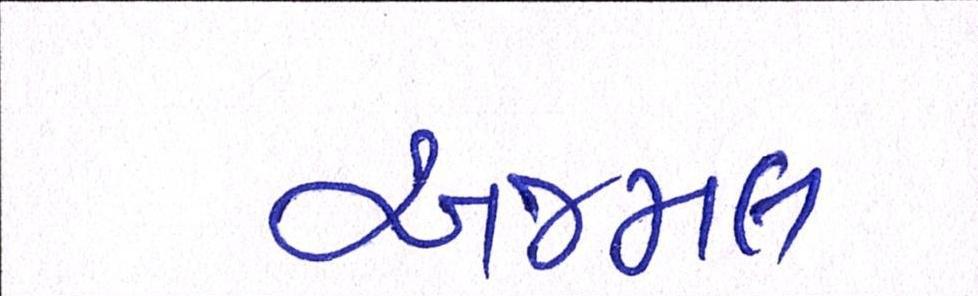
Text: અજમલ